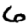
Digit: 6